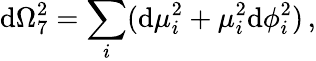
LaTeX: \mathrm{d}\Omega_{7}^{2}=\sum_{i}(\mathrm{d}\mu_{i}^{2}+\mu_{i}^{2}\mathrm{d}\phi_{i}^{2})\, ,